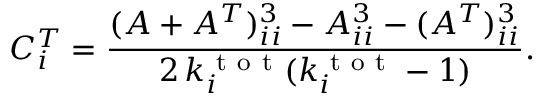
C _ { i } ^ { T } = \frac { ( A + A ^ { T } ) _ { i i } ^ { 3 } - A _ { i i } ^ { 3 } - ( A ^ { T } ) _ { i i } ^ { 3 } } { 2 \, k _ { i } ^ { \mathrm { ~ t ~ o ~ t ~ } } ( k _ { i } ^ { \mathrm { ~ t ~ o ~ t ~ } } - 1 ) } .